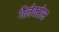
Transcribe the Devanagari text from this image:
गैलेक्टोस